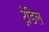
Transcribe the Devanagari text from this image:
ट्रेडिल